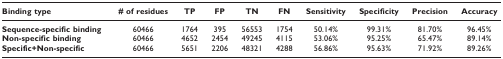
| Binding type | # of residues | TP | FP | TN | FN | Sensitivity | Specificity | Precision | Accuracy |
 | --- | --- | --- | --- | --- | --- | --- | --- | --- | --- |
 | Sequence-specific binding | 60466 | 1764 | 395 | 56553 | 1754 | 50.14% | 99.31% | 81.70% | 96.45% |
 | Non-specific binding | 60466 | 4652 | 2454 | 49245 | 4115 | 53.06% | 95.25% | 65.47% | 89.14% |
 | Specific+Non-specific | 60466 | 5651 | 2206 | 48321 | 4288 | 56.86% | 95.63% | 71.92% | 89.26% |